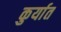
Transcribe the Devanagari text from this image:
कुर्यात